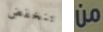
تنخفض من